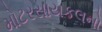
મોટરસાયકલનો